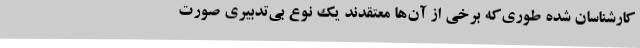
کارشناسان شده طوری‌که برخی از آن‌ها معتقدند یک نوع بی‌تدبیری صورت